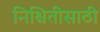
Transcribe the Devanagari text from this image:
निश्चितीसाठी